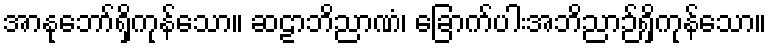
အာနုဘော်ရှိကုန်သော။ ဆဠာဘိညာဏံ၊ ခြောက်ပါးအဘိညာဉ်ရှိကုန်သော။